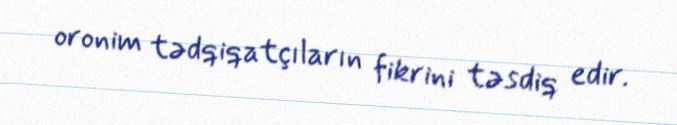
oronim tədqiqatçıların fikrini təsdiq edir.